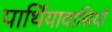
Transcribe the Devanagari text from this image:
पार्थियावासियों